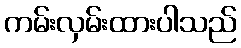
ကမ်းလှမ်းထားပါသည်